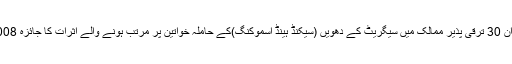
یارک یونیورسٹی کی تحقیق کے دوران 30 ترقی پذیر ممالک میں سیگریٹ کے دھویں (سیکنڈ ہینڈ اسموکنگ)کے حاملہ خواتین پر مرتب ہونے والے اثرات کا جائزہ 2008 سے 2013 کے ڈیٹا سے لیا گی۔